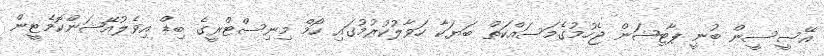
އޭސީސީން ބުނީ ޕާޓިޝަން ޖެހުމުގެމަސައްކަތް ބަޔަކާ ހަވާލުކުރުމުގައި ހޯމް މިނިސްޓްރީގެ ބިޑް އިވެލުއޭޝަންކޮމެޓީން